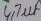
Text: 4,7µf